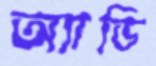
অ্যাডি